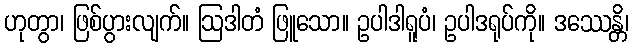
ဟုတွာ၊ ဖြစ်ပွားလျက်။ ဩဒါတံ ဖြူသော။ ဥပါဒါရူပံ၊ ဥပါဒရုပ်ကို။ ဒဿေန္တိ၊